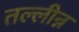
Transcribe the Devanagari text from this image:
तल्लीन्न